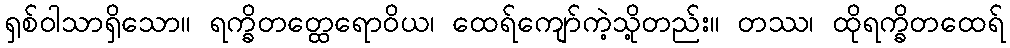
ရှစ်ဝါသာရှိသော။ ရက္ခိတတ္ထေရောဝိယ၊ ထေရ်ကျော်ကဲ့သို့တည်း။ တဿ၊ ထိုရက္ခိတထေရ်